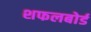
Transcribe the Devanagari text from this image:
शफलबोर्ड